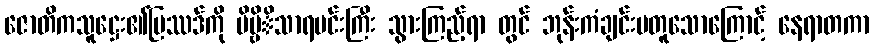
ဇောတိကသူဋ္ဌေး၏ပြဿဒ်ကို ဗိမ္ဗိိသာရမင်းကြီး သွားကြည့်ရာ တွင် ဘုန်းကံချင်းမတူသောကြောင့် နေရာတကာ